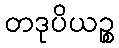
တဒုပိယဉ္စ